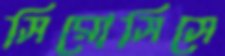
সিরোসিসে